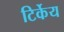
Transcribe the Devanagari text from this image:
टिर्केय